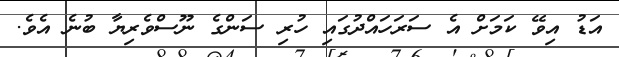
އަޑު އިވޭ ކަމަށް އެ ސަރަހައްދުގައި ހުރި ސަންގެ ނޫސްވެރިޔާ ބުނެ އެވެ.